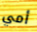
أمي